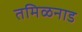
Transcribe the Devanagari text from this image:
तमिळनाड